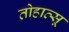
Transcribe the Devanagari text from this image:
तोहात्सू